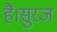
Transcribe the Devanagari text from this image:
है।सुरज